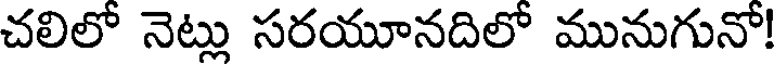
చలిలో నెట్లు సరయూనదిలో మునుగునో!